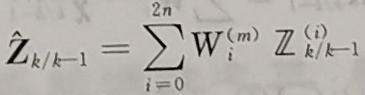
$\hat{\boldsymbol{Z}}_{k / k-1}=\sum_{i=0}^{2 n} \mathrm{~W}_{i}^{(m)} \boldsymbol{Z}_{k / k-1}^{(i)}$